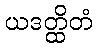
ယဒတ္ထိတံ